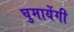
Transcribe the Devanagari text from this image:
घुमायेंगी